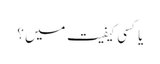
یا کسی کیفیت میں ؟